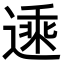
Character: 𬨾